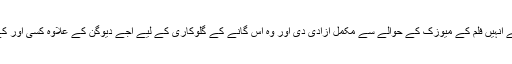
میتھون کا مزید کہنا تھا اجے نے انہیں فلم کے میوزک کے حوالے سے مکمل آزادی دی اور وہ اس گانے کے گلوکاری کے لیے اجے دیوگن کے علاوہ کسی اور کے بارے میں نہیں سوچ سکتے‘۔